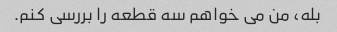
بله، من می خواهم سه قطعه را بررسی کنم.